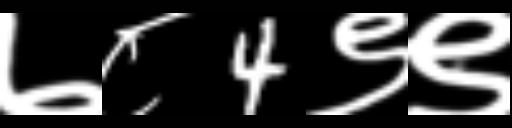
Text: ७८4९९